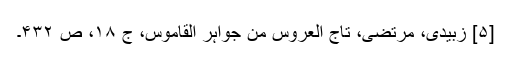
[۵] زبیدی، مرتضی، تاج العروس من جواہر القاموس، ج ۱۸، ص ۴۳۲۔